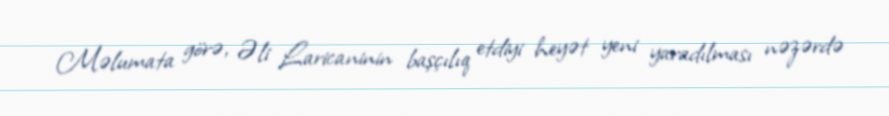
Məlumata görə, Əli Laricaninin başçılıq etdiyi heyət yeni yaradılması nəzərdə